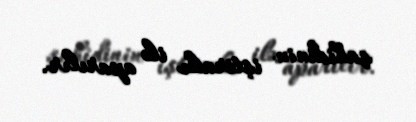
şahidinin iştirakı ilə aparılır.